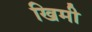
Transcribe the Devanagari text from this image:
खिमी